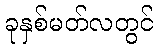
ခုနှစ်မတ်လတွင်